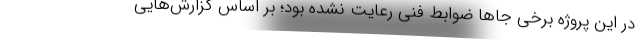
در این پروژه برخی جاها ضوابط فنی رعایت نشده بود؛ بر اساس گزارش‌هایی